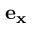
\mathbf { e _ { x } }